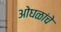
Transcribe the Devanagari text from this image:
ओघळांचे